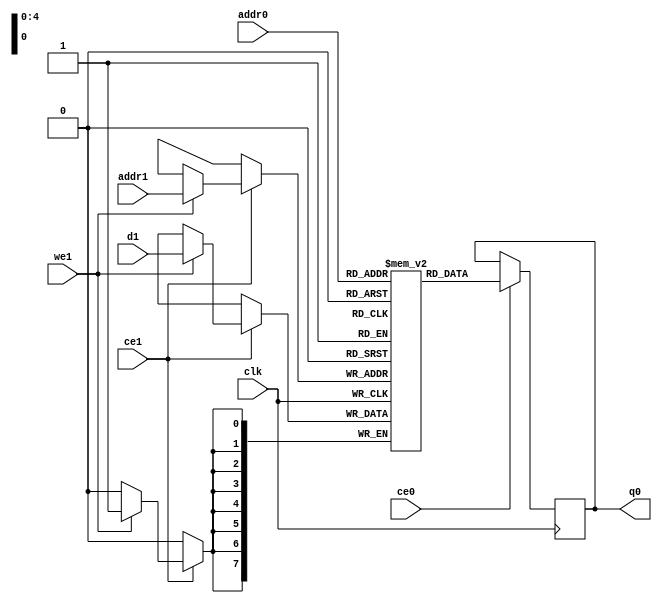
// ==============================================================
// Vivado(TM) HLS - High-Level Synthesis from C, C++ and SystemC v2020.1 (64-bit)
// Copyright 1986-2020 Xilinx, Inc. All Rights Reserved.
// ==============================================================
`timescale 1 ns / 1 ps
module ConvolutionInputGenerator_0_ConvolutionInputGbkb_ram (addr0, ce0, q0, addr1, ce1, d1, we1,  clk);

parameter DWIDTH = 8;
parameter AWIDTH = 5;
parameter MEM_SIZE = 30;

input[AWIDTH-1:0] addr0;
input ce0;
output reg[DWIDTH-1:0] q0;
input[AWIDTH-1:0] addr1;
input ce1;
input[DWIDTH-1:0] d1;
input we1;
input clk;

(* ram_style = "block" *)reg [DWIDTH-1:0] ram[0:MEM_SIZE-1];




always @(posedge clk)  
begin 
    if (ce0) begin
        q0 <= ram[addr0];
    end
end


always @(posedge clk)  
begin 
    if (ce1) begin
        if (we1) 
            ram[addr1] <= d1; 
    end
end


endmodule

`timescale 1 ns / 1 ps
module ConvolutionInputGenerator_0_ConvolutionInputGbkb(
    reset,
    clk,
    address0,
    ce0,
    q0,
    address1,
    ce1,
    we1,
    d1);

parameter DataWidth = 32'd8;
parameter AddressRange = 32'd30;
parameter AddressWidth = 32'd5;
input reset;
input clk;
input[AddressWidth - 1:0] address0;
input ce0;
output[DataWidth - 1:0] q0;
input[AddressWidth - 1:0] address1;
input ce1;
input we1;
input[DataWidth - 1:0] d1;



ConvolutionInputGenerator_0_ConvolutionInputGbkb_ram ConvolutionInputGenerator_0_ConvolutionInputGbkb_ram_U(
    .clk( clk ),
    .addr0( address0 ),
    .ce0( ce0 ),
    .q0( q0 ),
    .addr1( address1 ),
    .ce1( ce1 ),
    .we1( we1 ),
    .d1( d1 ));

endmodule